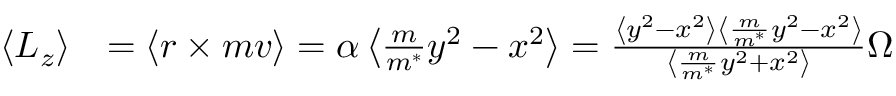
\begin{array} { r l } { \left< L _ { z } \right> } & { = \left< r \times m v \right> = \alpha \left< \frac { m } { m ^ { * } } y ^ { 2 } - x ^ { 2 } \right> = \frac { \left< y ^ { 2 } - x ^ { 2 } \right> \left< \frac { m } { m ^ { * } } y ^ { 2 } - x ^ { 2 } \right> } { \left< \frac { m } { m ^ { * } } y ^ { 2 } + x ^ { 2 } \right> } \Omega } \end{array}